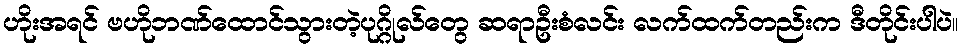
ဟိုးအရင် ဗဟိုဘဏ်ထောင်သွားတဲ့ပုဂ္ဂိုလ်တွေ ဆရာဦးစံလင်း လက်ထက်တည်းက ဒီတိုင်းပါပဲ။